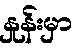
နှုန်းမှာ